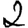
Digit: 2